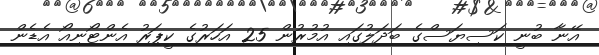
އޭނާ ބުނީ ކަސިޔަސްގެ ބަދަލުގައި އުމުރުން 25 އަހަރުގެ ކީޕަރު އެންޓޯނިއޯ އެޑެން